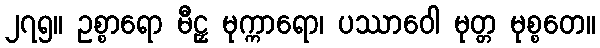
၂၇၅။ ဥစ္စာရော မီဠှ မုက္ကာရော၊ ပဿာဝေါ မုတ္တ မုစ္စတေ။